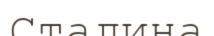
Сталина